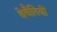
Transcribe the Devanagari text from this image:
बेचैनियों